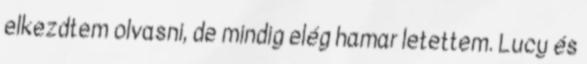
elkezdtem olvasni, de mindig elég hamar letettem. Lucy és